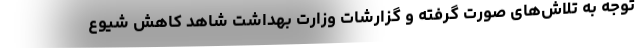
توجه به تلاش‌های صورت گرفته و گزارشات وزارت بهداشت شاهد کاهش شیوع